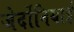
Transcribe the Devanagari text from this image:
जेर्दोनियाई